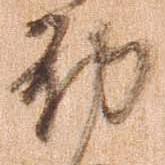
郡